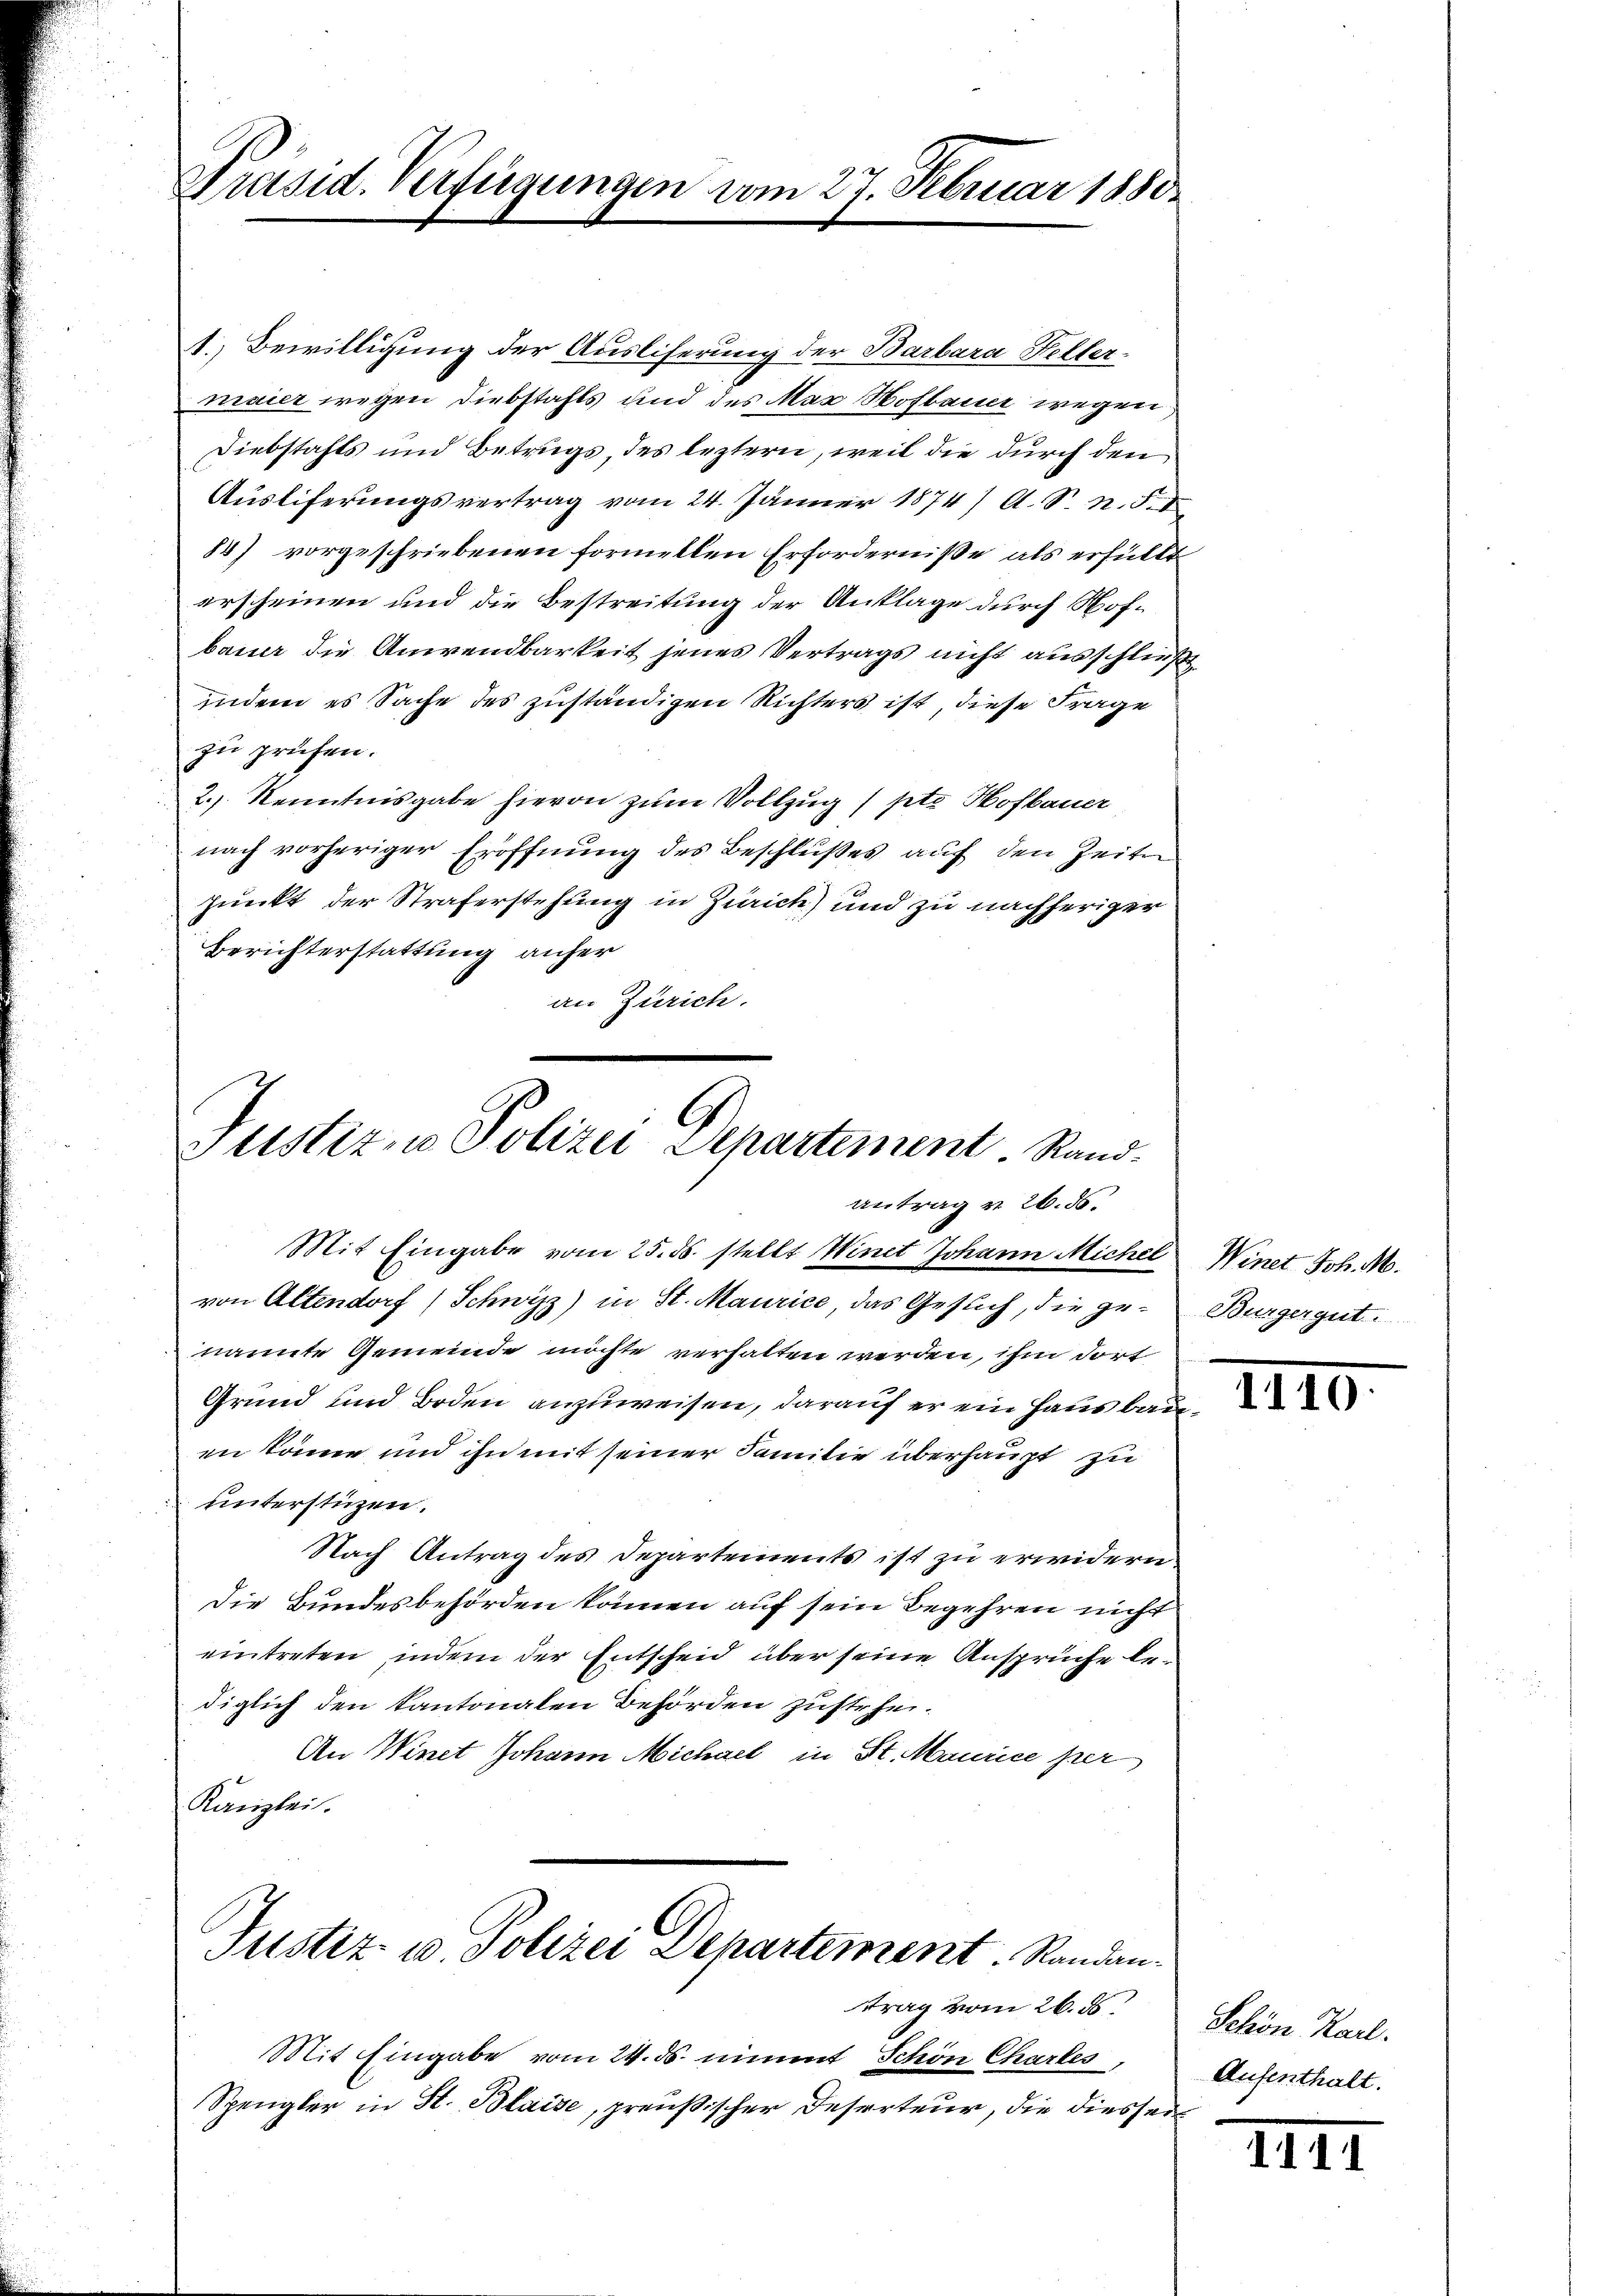
Präsid. Verfügungen vom 27. Februar 1880

1. Bewilligung der Ausliferung der Barbara Fellermaier wegen Diebstahls und des Max Hofbauer wegen
Diebstafts und Betrugs, des leztern, weil die durch den
Auslieferungsvertrag vom 24. Jänner 1874/ A. S. n. F. I
84) vorgeschriebenen formellen Erfordernisse als erfüllt
erscheinen und die Bestreitung der Anklage durch Hofbauer die Anwendbarkeit jenes Vertrags nicht ausschließt
indem es Sache des zuständigen Richters ist, diese Frage
zu prüfen.
2.) Kenntnisgabe hievon zum Vollzug (pte Hofbauer
nach vorheriger Eröffnung des Beschlußes auf den Zeiten
punkt der Straferstehung in Zürich) und zu nachheriger
Berichterstattung anher
an Zürich.

Justiz- u Polizei Departement. Rand.
Antrag v. 26. ds.

Mit Eingabe vom 25. ds. stellt Winet Johann Michel Winet Joh. M.
von Altendorf (Schwyzz) in St. Maurice das Gesuch, die genannte Gemeinde möchte verhalten werden, ihm dort
Grund und Boden anzuweisen, darauf er ein Haus bauen könne und ihn mit seiner Familie überhaupt zu
unterstüzen.
Nach Antrag des Departements ist zu erwidern.
Die Bundesbehörden können auf sein Begehren nicht
eintreten, indem der Entscheid über seine Ansprüche bediglich den Kantonalen Behörden zustrhei¬
An Winet Johann Michael in St. Maurice per
Kanzlei.
Justiz u. Polizei Departement. Randantrag vom 26. ds.
Mit Eingabe vom 24. ds. nimmt Schön Chartes,
Spengler in St. Blaise, preußischer Deserteur, die diesser¬

Bürgergut

III0

Schön Karl.
Aufenthalt.

1111